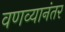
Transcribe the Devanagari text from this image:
वणव्यानंतर